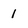
Character: 1